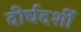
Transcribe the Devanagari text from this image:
दीर्घदर्शी